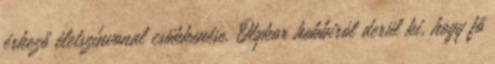
érkező életszínvonal csökkenése. Olykor hobbiról derül ki, hogy fő